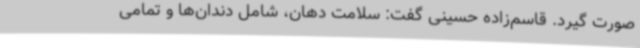
صورت گیرد. قاسم‌زاده حسینی گفت: سلامت دهان، شامل دندان‌ها و تمامی